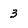
Character: 3